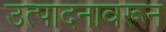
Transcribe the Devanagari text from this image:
उत्पादनावरून